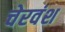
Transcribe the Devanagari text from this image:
चेरवंश